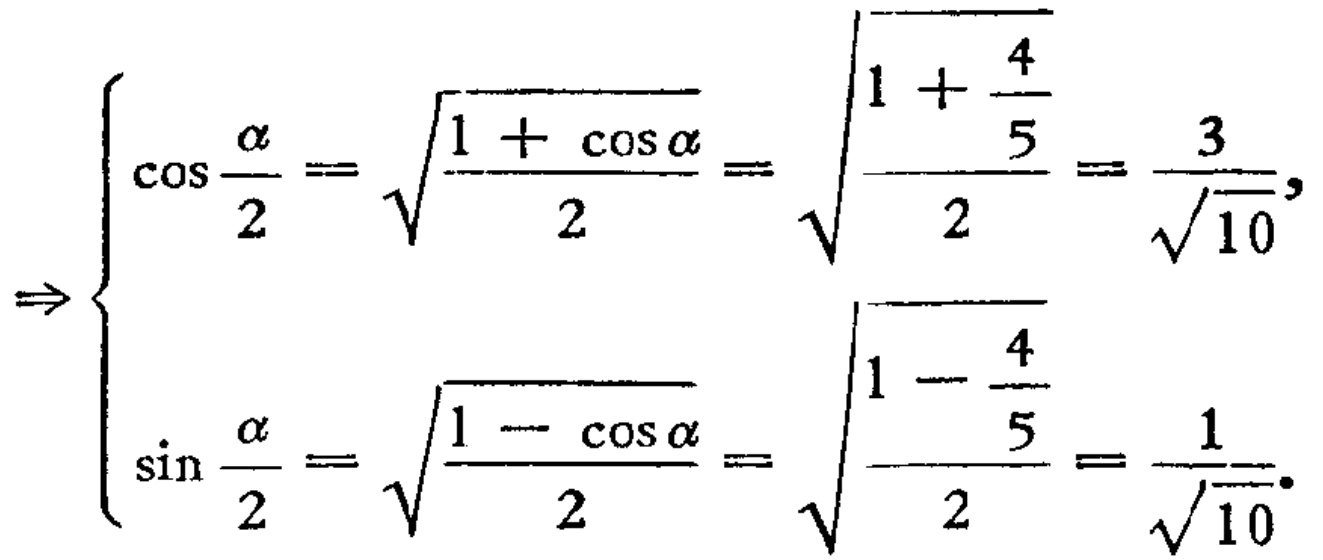
\[
\Rightarrow
\begin{cases}
\cos\frac{\alpha}{2}=\sqrt{\frac{1 + \cos\alpha}{2}}=\sqrt{\frac{1+\frac{4}{5}}{2}}=\frac{3}{\sqrt{10}},\\
\sin\frac{\alpha}{2}=\sqrt{\frac{1 - \cos\alpha}{2}}=\sqrt{\frac{1-\frac{4}{5}}{2}}=\frac{1}{\sqrt{10}}.
\end{cases}
\]